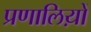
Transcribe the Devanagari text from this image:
प्रणालिय़ों